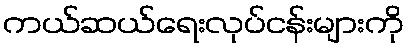
ကယ်ဆယ်ရေးလုပ်ငန်းများကို